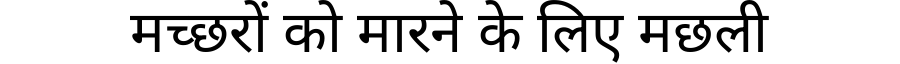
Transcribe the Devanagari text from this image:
मच्छरों को मारने के लिए मछली